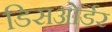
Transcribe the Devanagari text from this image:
डिसओर्डर